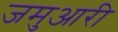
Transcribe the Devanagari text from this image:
जमुआरी